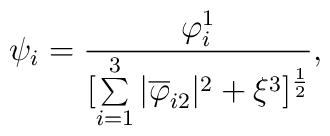
{\psi_i}={\varphi_{i}^{1}\over{[\sum\limits_{i=1}^3|\overline{\varphi}_{i2}|^2+\xi^3]^{1\over2}}},